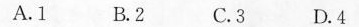
A.1 B.2 C.3 D.4